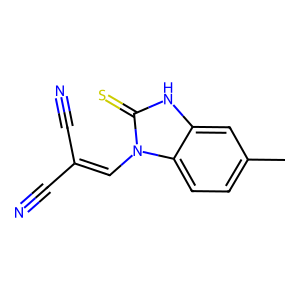
SMILES: Cc1ccc2c(c1)[nH]c(=S)n2C=C(C#N)C#N
Inhibits HIV replication: No